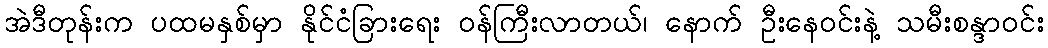
အဲဒီတုန်းက ပထမနှစ်မှာ နိုင်ငံခြားရေး ဝန်ကြီးလာတယ်၊ နောက် ဦးနေဝင်းနဲ့ သမီးစန္ဒာဝင်း